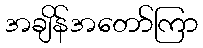
အချိန်အတော်ကြာ